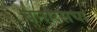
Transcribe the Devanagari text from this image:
बनारसचा